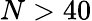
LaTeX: N>40